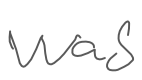
Text: was
Cross-out: clean
Writing tool: digital_gray